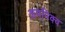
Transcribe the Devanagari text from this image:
अपपिक्व